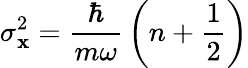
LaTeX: \sigma_{\mathbf{x}}^{2}={\frac{{\hbar}}{{m\omega}}}\left(n+{\frac{{1}}{{2}}}\right)